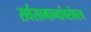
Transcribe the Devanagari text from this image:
सर्वसामान्यांबरोबरच